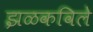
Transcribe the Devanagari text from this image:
झळकविले